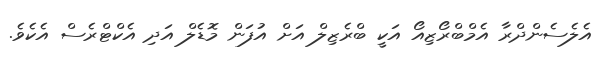
އެލެސެންދްރާ އެމްބްރޯޒިއޯ އަކީ ބްރެޒިލް އަށް އުފަން މޮޑެލް އަދި އެކްޓްރެސް އެކެވެ.